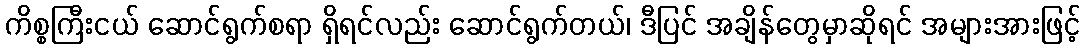
ကိစ္စကြီးငယ် ဆောင်ရွက်စရာ ရှိရင်လည်း ဆောင်ရွက်တယ်၊ ဒီပြင် အချိန်တွေမှာဆိုရင် အများအားဖြင့်